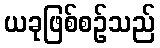
ယခုဖြစ်စဉ်သည်